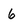
Character: 6